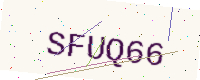
Text: SFUQ66